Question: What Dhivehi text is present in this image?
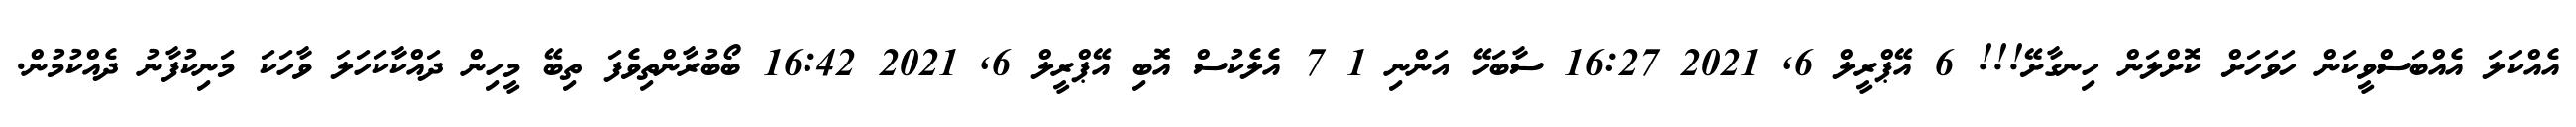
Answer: އެއްކަލަ އެއްބަސްވީކަން ހަވަހަށް ކޮށްލަން ހިނގާށޭ!!! 6 އޭޕްރީލް 6, 2021 16:27 ސާބަހޭ އަންނި 1 7 އެލެކުސް އޮބި އޭޕްރީލް 6, 2021 16:42 ބޯބުރާންތިވެފަ ތިބޭ މީހިން ދައްކާކަހަލަ ވާހަކަ މަނިކުފާނު ދެއްކުމުން.